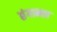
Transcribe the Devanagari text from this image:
छंगामल